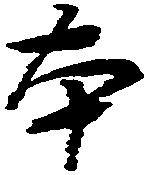
本